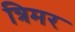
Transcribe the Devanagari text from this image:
त्रिमर